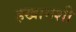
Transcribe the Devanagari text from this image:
हखामशी